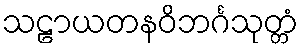
သဠာယတနဝိဘင်္ဂသုတ္တံ